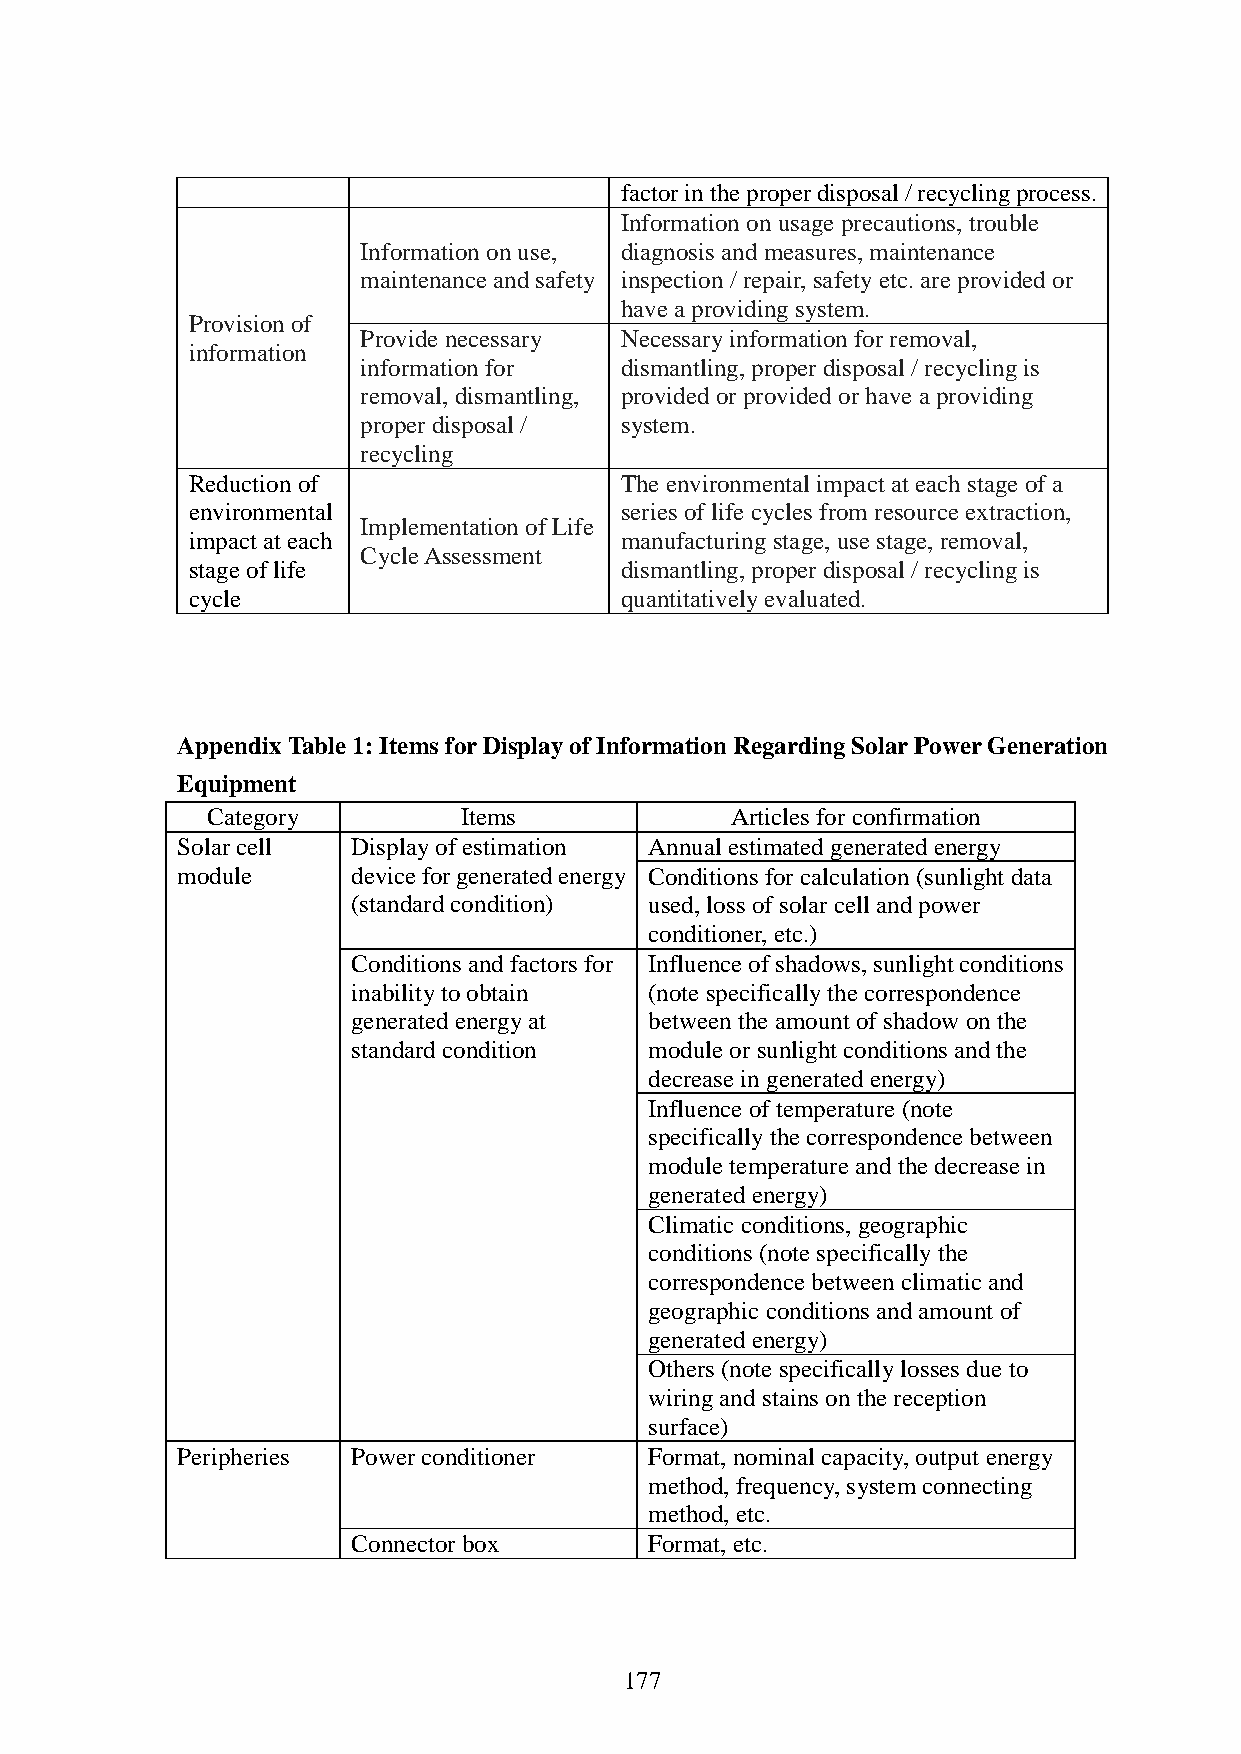
factor in the proper disposal / recycling process.
 Information on usage precautions, trouble
 Information on use, diagnosis and measures, maintenance
 maintenance and safety inspection / repair, safety etc. are provided or
 have a providing system.
 Provision of
 Provide necessary Necessary information for removal,
 information
 information for  dismantling, proper disposal / recycling is
 removal, dismantling, provided or provided or have a providing
 proper disposal / system.
 recycling
 Reduction of                 The environmental impact at each stage of a
 environmental                series of life cycles from resource extraction,
 Implementation of Life
 impact at each               manufacturing stage, use stage, removal,
 Cycle Assessment
 stage of life                dismantling, proper disposal / recycling is
 cycle                        quantitatively evaluated.
 Appendix Table 1: Items for Display of Information Regarding Solar Power Generation
 Equipment
 Category        Items             Articles for confirmation
 Solar cell Display of estimation Annual estimated generated energy
 module     device for generated energy Conditions for calculation (sunlight data
 (standard condition) used, loss of solar cell and power
 conditioner, etc.)
 Conditions and factors for Influence of shadows, sunlight conditions
 inability to obtain (note specifically the correspondence
 generated energy at between the amount of shadow on the
 standard condition  module or sunlight conditions and the
 decrease in generated energy)
 Influence of temperature (note
 specifically the correspondence between
 module temperature and the decrease in
 generated energy)
 Climatic conditions, geographic
 conditions (note specifically the
 correspondence between climatic and
 geographic conditions and amount of
 generated energy)
 Others (note specifically losses due to
 wiring and stains on the reception
 surface)
 Peripheries Power conditioner  Format, nominal capacity, output energy
 method, frequency, system connecting
 method, etc.
 Connector box       Format, etc.
 177